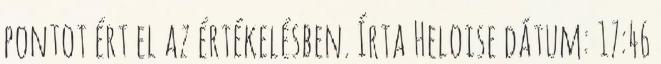
pontot ért el az értékelésben. Írta Heloise dátum: 17:46